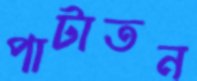
পাটাতন